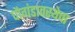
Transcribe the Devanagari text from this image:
पौगंडावस्थेचा